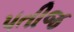
પતીજ